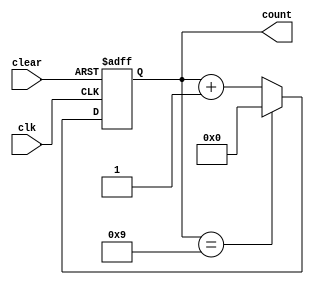
module contador_decadico_crescente_4bits (output [3:0] count, input clk, input clear);
  reg [3:0] count;

  always @(posedge clk or posedge clear) begin
    if (clear)
      count <= 4'b0000; // Inicializa com 0 (decimal)
    else if (count == 9)
      count <= 4'b0000; // Reinicia em 0 após atingir 9
    else
      count <= count + 1;
  end
endmodule